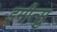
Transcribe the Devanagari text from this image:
इमीत्सु